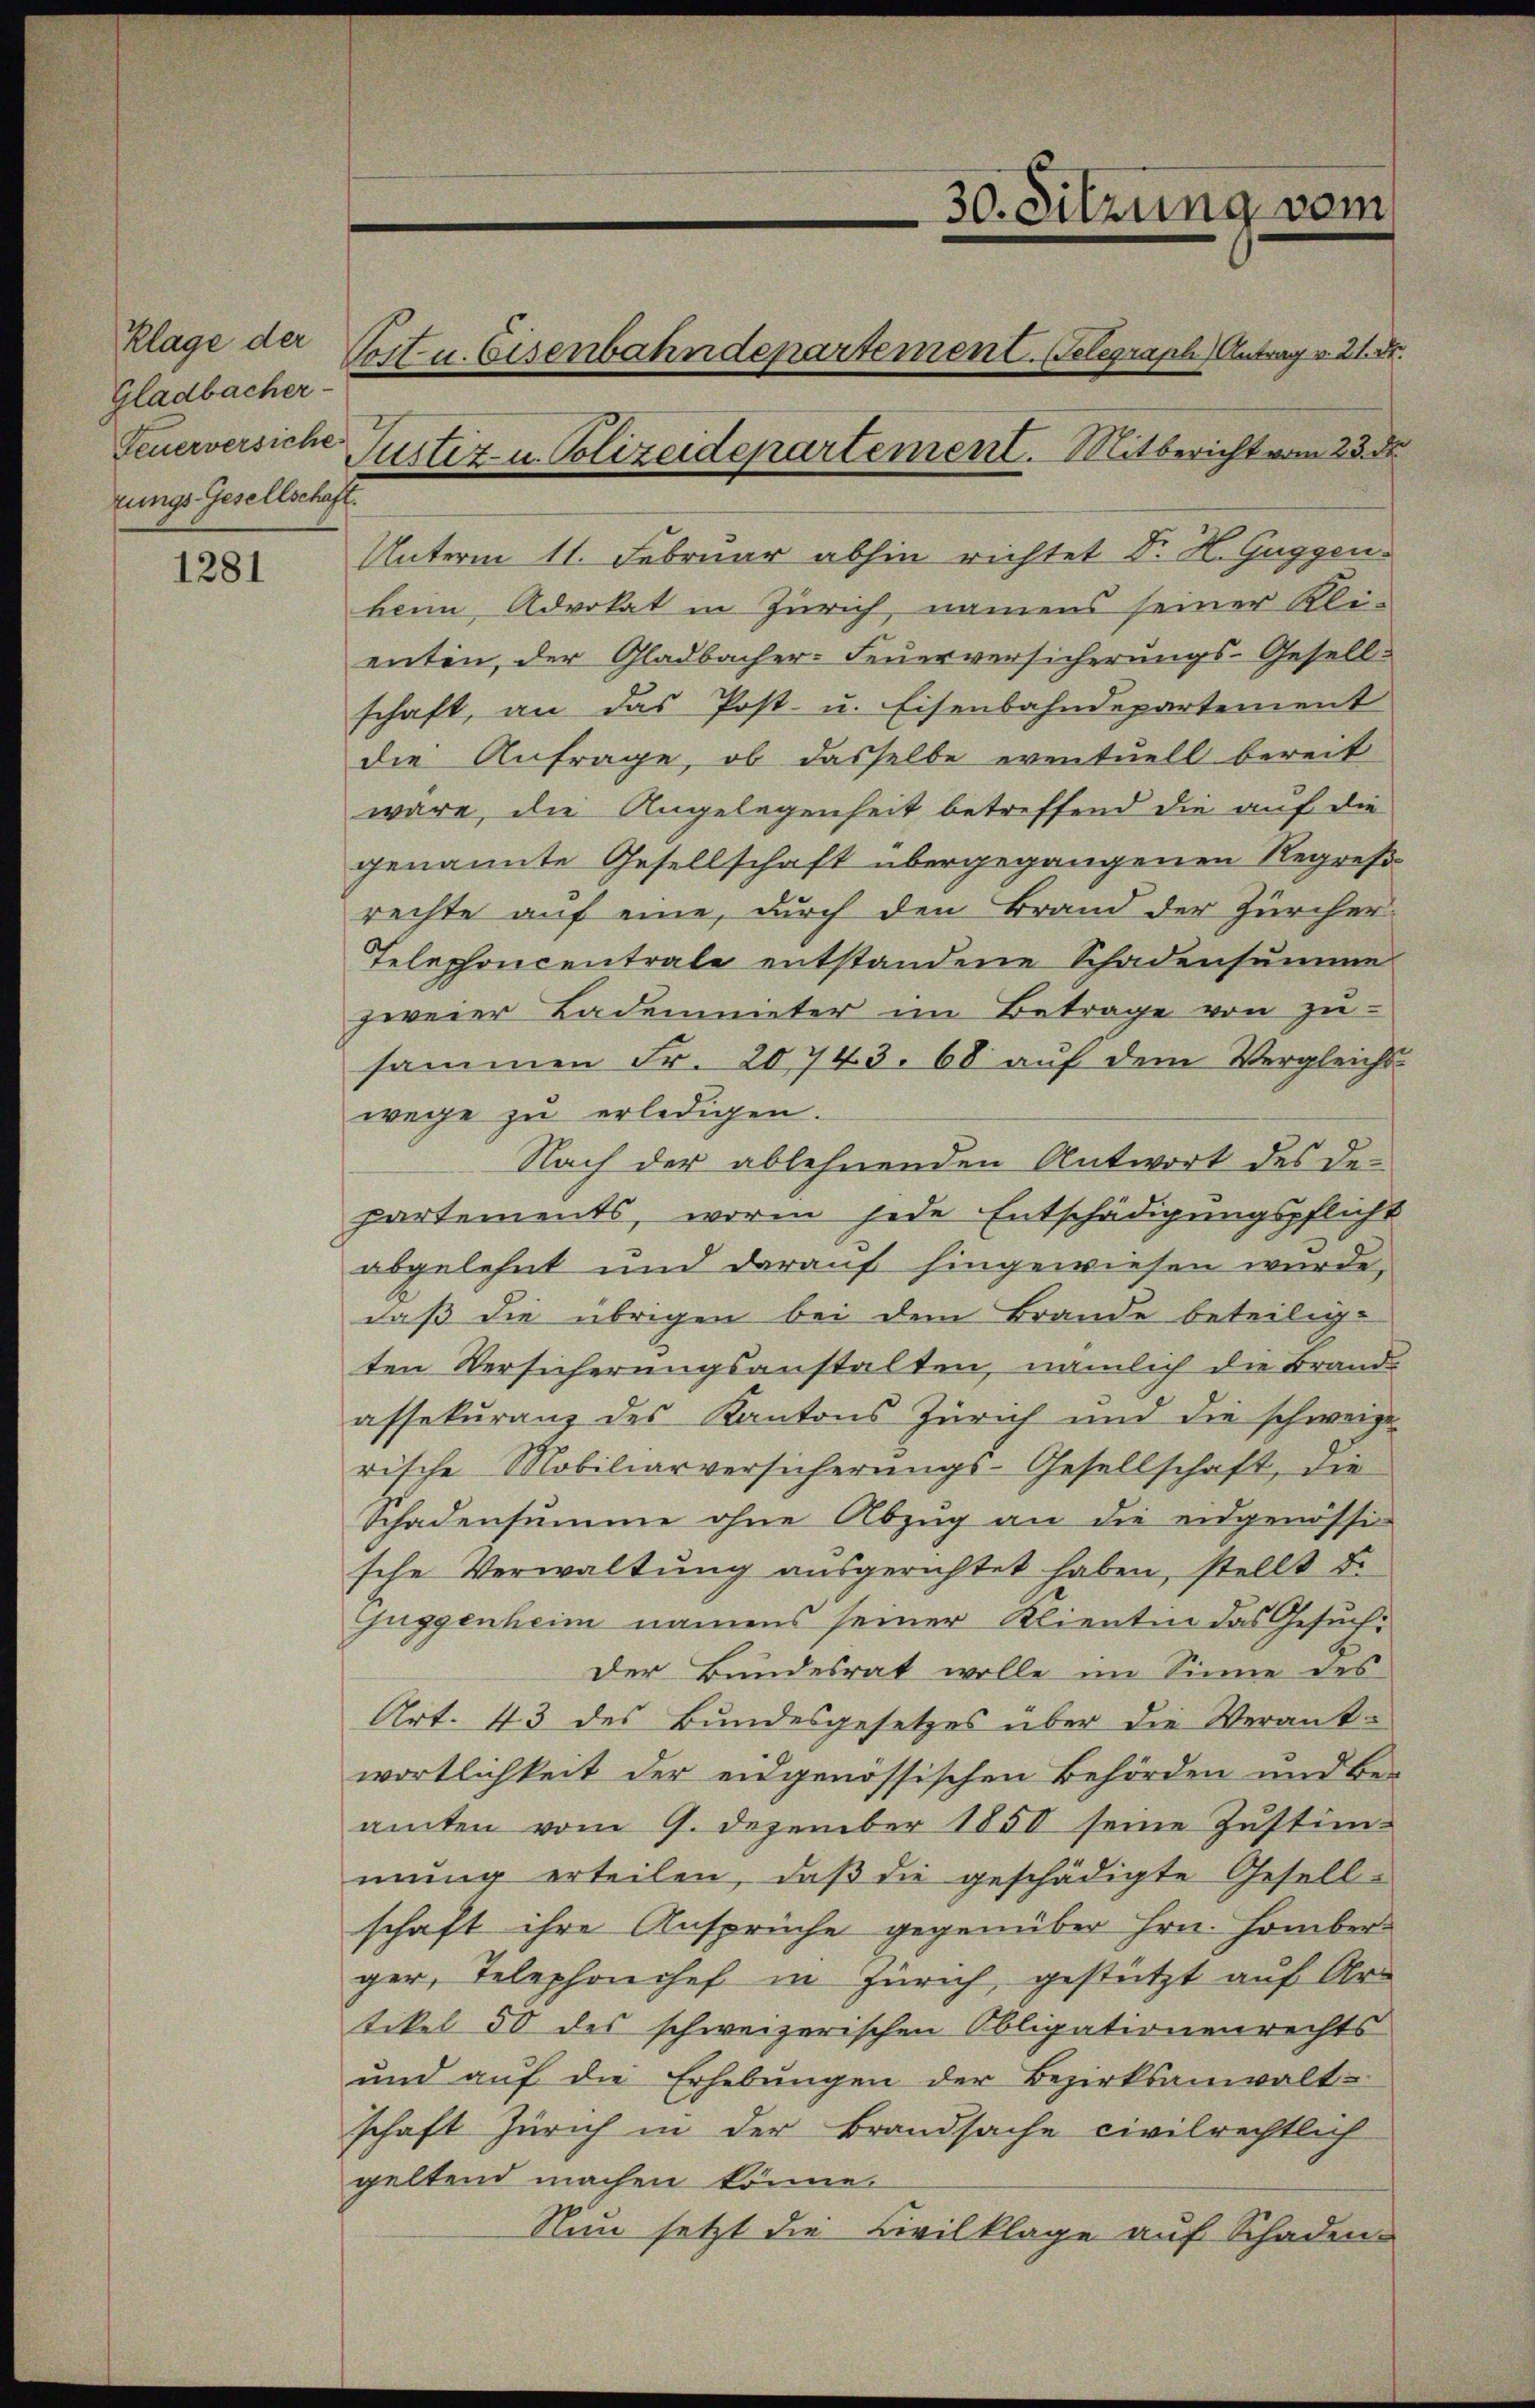
Klage der
Gladbacher
rungs-Gesellschaft.

1281

Unterm 11. Februar abhin richtet Dr. H. Guggenbeim Advokat in Zürich, namens seiner Kli-
enten, der Gladbacher-Feuerversicherungs-Gesell-
schaft, an das Post- u. Eisenbahndepartement
die Anfrage, ob dasselbe eventuell bereit
wäre, die Angelegenheit betreffend die auf die
genannte Gesellschaft übergegangenen Regreß
rechte auf eine, durch den Brand der Zürcher-
Telephoncentrale entstandene Schadensumme
zweier Bademieter im Betrage von zu-
sammen Fr. 20743. 68 auf dem Vergleichswege zu erledigen.
Nach der ablehnenden Antwort des Departements, worin jede Entschädigungspflicht
abgelehnt und darauf hingewiesen wurde,
daß die übrigen bei dem Brande beteilige
ten Versicherungsanstalten, nämlich die Brand-
assekuranz des Kantons Zürich und die schweize-
rische Mobiliarversicherŭngs-Gesellschaft, die
Schadensumme ohne Abzŭg an die eidgenössi-
sche Verwaltung ausgerichtet haben, stellt d.
juggenheim namens seiner Klientin das Gesuch
Der Bundesrat wolle im Sinne des
Art. 43 des Bundesgesetzes über die Verant-
wortlichkeit der eidgenössischen Behörden und Beamten vom 9. Dezember 1850 seine Zustimmŭng erteilen, daβ die geschädigte Gesell-
schaft ihre Ansprüche gegenüber Hrn. Homberger, Telephonchef in Zürich, gestützt auf Ar
tikel 50 des schweizerischen Obligationenrechts
und auf die Erhebungen der Bezirksanwalt-
schaft Zürich in der Brandsache civilrechtlich
geltend machen könne.
Nun setzt die Civilklage auf Schaden-

30. Sitzung vom
Post- u. Eisenbahndepartement. Gelegraph Antrag v. 21. Fr.
Feuerversiche Justiz- u. Polizeidepartement. Mitbericht vom 23. de